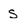
Character: s